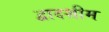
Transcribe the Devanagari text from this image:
द्वादशीम